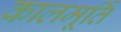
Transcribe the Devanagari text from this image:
कालमूर्तिं